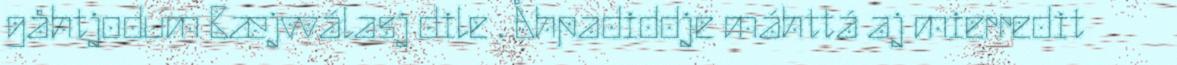
gåhtjodum Bæjvválasj dile . Åhpadiddje máhttá aj mierredit